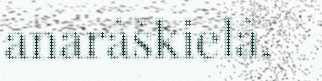
anarâškielâ.